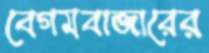
বেগমবাজারের